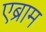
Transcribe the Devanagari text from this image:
एब्राम